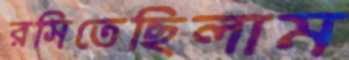
রসিতেছিলাম